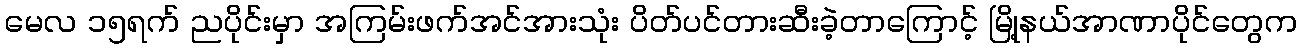
မေလ ၁၅ရက် ညပိုင်းမှာ အကြမ်းဖက်အင်အားသုံး ပိတ်ပင်တားဆီးခဲ့တာကြောင့် မြို့နယ်အာဏာပိုင်တွေက